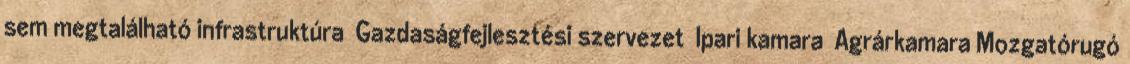
sem megtalálható infrastruktúra ▪Gazdaságfejlesztési szervezet ▪Ipari kamara ▪Agrárkamara Mozgatórugó